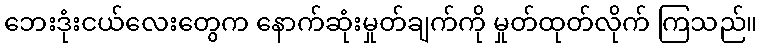
ဘေးဒုံးငယ်လေးတွေက နောက်ဆုံးမှုတ်ချက်ကို မှုတ်ထုတ်လိုက် ကြသည်။